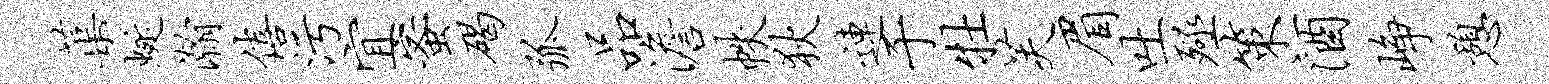
蕖蜒瀚僖污宜蜜碣弧品澹帙狄连于牡芙眉吐殛策酒峥憩